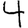
Digit: 4